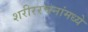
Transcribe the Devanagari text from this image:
शरीररचनांमध्ये